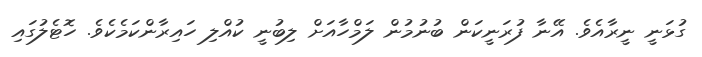
ގުޅަނީ ނީރާއެވެ. އޭނާ ފުރަނީކަން ބުނުމުން ލަމްހާއަށް ލިބުނީ ކުއްލި ހައިރާންކަމެކެވެ. ހޮޓެލުގައި